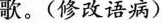
歌。(修改语病)